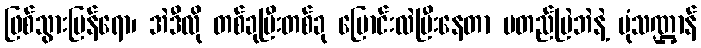
ဖြစ်သွားပြန်ရော၊ အဲဒီလို တစ်ခုပြီးတစ်ခု ပြောင်းလဲပြီးနေတာ မတည်မြဲဘဲနဲ့ ပုံသဏ္ဌာန်